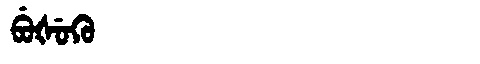
Manchu: ᠪᡠᡧᡠᡴᡠ
Romanization: BUŠUKU